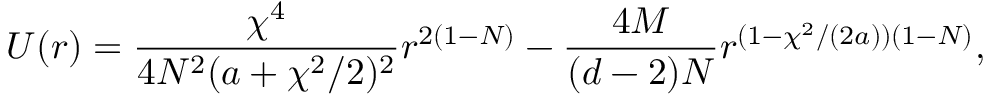
U ( r ) = \frac { \chi ^ { 4 } } { 4 N ^ { 2 } ( a + \chi ^ { 2 } / 2 ) ^ { 2 } } r ^ { 2 ( 1 - N ) } - \frac { 4 M } { ( d - 2 ) N } r ^ { ( 1 - \chi ^ { 2 } / ( 2 a ) ) ( 1 - N ) } ,